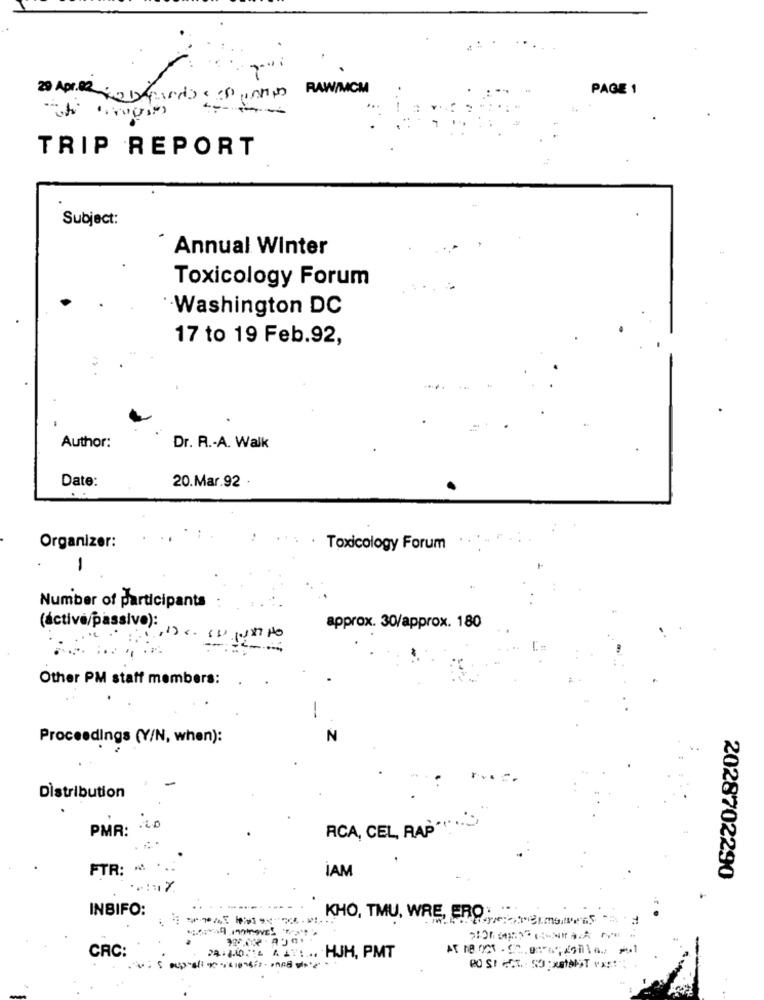
USA RAW/MCM
PAGE 1
20 Aprile
TRIP REPORT
Subject:
Annual Winter
Toxicology Forum
Washington DC
17 to 19 Feb.92,
Author:
Dr. R .- A. Walk
Date:
20.Mar.92 .
Organizer:
Toxicology Forum
-
Number of participants
(áctive/passivo):
approx. 30/approx. 180
Other PM staff members:
-
Proceedings (Y/N, when):
N
-
Distribution
PMR:
.20
RCA, CEL, RAP'
FTR: * ...
İAM
2028702290
INBIFO:
KHO, TMU, WRE, ERO. .
CRC:
24:460 4 AT1. HUH, PMT